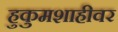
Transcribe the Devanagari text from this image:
हुकुमशाहीवर